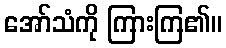
အော်သံကို ကြားကြ၏။